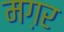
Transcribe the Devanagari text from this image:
मग़र